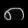
Digit: ၈